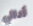
أدائي